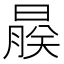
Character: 𬁨